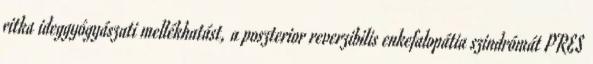
ritka ideggyógyászati mellékhatást, a poszterior reverzibilis enkefalopátia szindrómát PRES